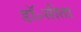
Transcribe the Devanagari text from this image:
डॉ॰सीता